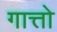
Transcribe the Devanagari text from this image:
गात्तो